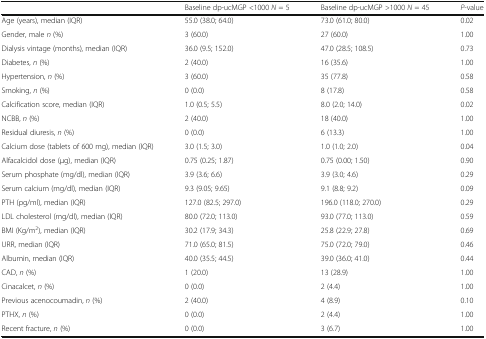
<table><thead><tr><td></td><td><b>Baseline dp-ucMGP &lt;1000 <i>N</i> = 5</b></td><td><b>Baseline dp-ucMGP &gt;1000 <i>N</i> = 45</b></td><td><b><i>P</i>-value</b></td></tr></thead><tbody><tr><td>Age (years), median (IQR)</td><td>55.0 (38.0; 64.0)</td><td>73.0 (61.0; 80.0)</td><td>0.02</td></tr><tr><td>Gender, male <i>n</i> (%)</td><td>3 (60.0)</td><td>27 (60.0)</td><td>1.00</td></tr><tr><td>Dialysis vintage (months), median (IQR)</td><td>36.0 (9.5; 152.0)</td><td>47.0 (28.5; 108.5)</td><td>0.73</td></tr><tr><td>Diabetes, <i>n</i> (%)</td><td>2 (40.0)</td><td>16 (35.6)</td><td>1.00</td></tr><tr><td>Hypertension, <i>n</i> (%)</td><td>3 (60.0)</td><td>35 (77.8)</td><td>0.58</td></tr><tr><td>Smoking, <i>n</i> (%)</td><td>0 (0.0)</td><td>8 (17.8)</td><td>0.58</td></tr><tr><td>Calcification score, median (IQR)</td><td>1.0 (0.5; 5.5)</td><td>8.0 (2.0; 14.0)</td><td>0.02</td></tr><tr><td>NCBB, <i>n</i> (%)</td><td>2 (40.0)</td><td>18 (40.0)</td><td>1.00</td></tr><tr><td>Residual diuresis, <i>n</i> (%)</td><td>0 (0.0)</td><td>6 (13.3)</td><td>1.00</td></tr><tr><td>Calcium dose (tablets of 600 mg), median (IQR)</td><td>3.0 (1.5; 3.0)</td><td>1.0 (1.0; 2.0)</td><td>0.04</td></tr><tr><td>Alfacalcidol dose (μg), median (IQR)</td><td>0.75 (0.25; 1.87)</td><td>0.75 (0.00; 1.50)</td><td>0.90</td></tr><tr><td>Serum phosphate (mg/dl), median (IQR)</td><td>3.9 (3.6; 6.6)</td><td>3.9 (3.0; 4.6)</td><td>0.29</td></tr><tr><td>Serum calcium (mg/dl), median (IQR)</td><td>9.3 (9.05; 9.65)</td><td>9.1 (8.8; 9.2)</td><td>0.09</td></tr><tr><td>PTH (pg/ml), median (IQR)</td><td>127.0 (82.5; 297.0)</td><td>196.0 (118.0; 270.0)</td><td>0.29</td></tr><tr><td>LDL cholesterol (mg/dl), median (IQR)</td><td>80.0 (72.0; 113.0)</td><td>93.0 (77.0; 113.0)</td><td>0.59</td></tr><tr><td>BMI (Kg/m<sup>2</sup>), median (IQR)</td><td>30.2 (17.9; 34.3)</td><td>25.8 (22.9; 27.8)</td><td>0.69</td></tr><tr><td>URR, median (IQR)</td><td>71.0 (65.0; 81.5)</td><td>75.0 (72.0; 79.0)</td><td>0.46</td></tr><tr><td>Albumin, median (IQR)</td><td>40.0 (35.5; 44.5)</td><td>39.0 (36.0; 41.0)</td><td>0.44</td></tr><tr><td>CAD, <i>n</i> (%)</td><td>1 (20.0)</td><td>13 (28.9)</td><td>1.00</td></tr><tr><td>Cinacalcet, <i>n</i> (%)</td><td>0 (0.0)</td><td>2 (4.4)</td><td>1.00</td></tr><tr><td>Previous acenocoumadin, <i>n</i> (%)</td><td>2 (40.0)</td><td>4 (8.9)</td><td>0.10</td></tr><tr><td>PTHX, <i>n</i> (%)</td><td>0 (0.0)</td><td>2 (4.4)</td><td>1.00</td></tr><tr><td>Recent fracture, <i>n</i> (%)</td><td>0 (0.0)</td><td>3 (6.7)</td><td>1.00</td></tr></tbody></table>